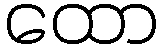
ထော